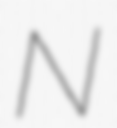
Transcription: N